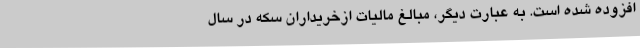
افزوده شده است. به عبارت دیگر، مبالغ مالیات ازخریداران سکه در سال